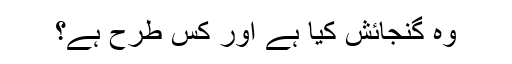
وہ گنجائش کیا ہے اور کس طرح ہے؟